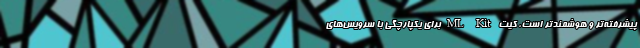
پیشرفته‌تر و هوشمندتر است، کیت ML Kit برای یکپارچگی با سرویس‌های